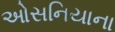
ઓસનિયાના